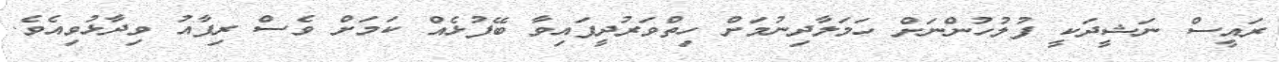
ރައީސް ނަޝީދަކީ ފުލުހުންނަށް ހަމަލާދިނުމަށް ހިތްވަރުދީފައިވާ ބޭފުޅެއް ކަމަށް ވެސް ރިފާއު ވިދާޅުވިއެވެ.